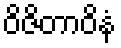
ဝိဇိတာဝိနံ